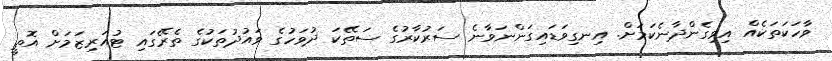
ވާހަކަތަކެއް އިވިގެންދާނެކަމަށް. އިނގިވަޑައިގަންނަވާނެ ސަރުކާރުގެ ސަތޭކަ ދުވަހުގެ ވައުދުތަކުގެ ތެރޭގައި ޓުއަރިޒަމަށް އޮތީ